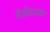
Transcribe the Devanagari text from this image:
टैरीटाउन